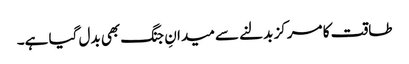
طاقت کا مرکز بدلنے سے میدانِ جنگ بھی بدل گیا ہے۔